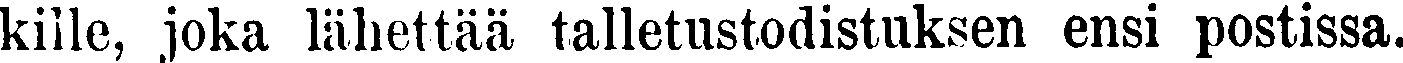
kille, joka lähettää talletustodistuksen ensi postissa.